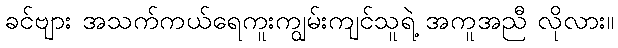
ခင်ဗျား အသက်ကယ်ရေကူးကျွမ်းကျင်သူရဲ့ အကူအညီ လိုလား။